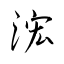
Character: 浤